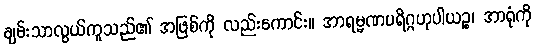
ချမ်းသာလွယ်ကူသည်၏ အဖြစ်ကို လည်းကောင်း။ အာရမ္မဏပရိဂ္ဂဟုပါယဉ္စ၊ အာရုံကို